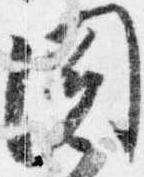
聞